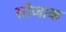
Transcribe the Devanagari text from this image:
सोजाक